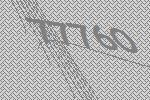
77760